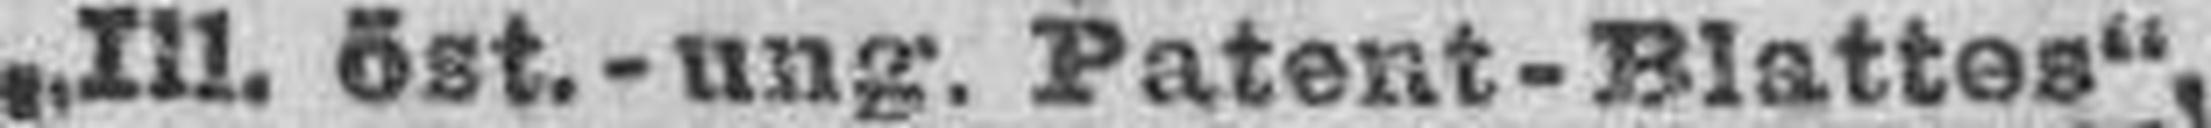
„Ill. öst.-ung, Patent-Blattes“.